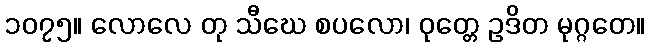
၁၀၇၅။ လောလေ တု သီဃေ စပလော၊ ဝုတ္တေ ဥဒိတ မုဂ္ဂတေ။